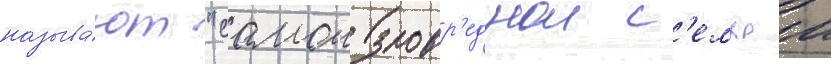
называ́ют "самои зловр'еднои с'емьеи